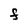
Character: F